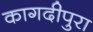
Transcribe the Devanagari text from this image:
कागदीपुरा